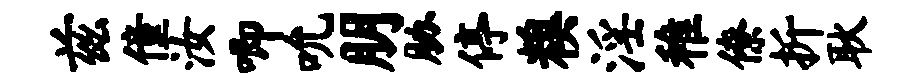
兹僮汝唧吮朋胁停糗淫稚僚折耿